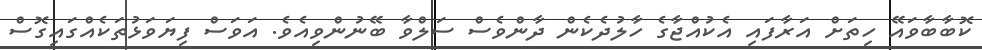
ކޮބާބާވައޭ ހިތަށް އަރާފައި އެކުއްޖާގެ ހާލުދެކެން ދާންވެސް ސަލްވާ ބޭނުންވިއެވެ. އަވަސް ފިޔަވަޅުތަކެއްގައިގޮސް